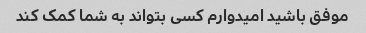
موفق باشید امیدوارم کسی بتواند به شما کمک کند